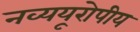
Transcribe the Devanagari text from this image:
नव्ययूरोपीय